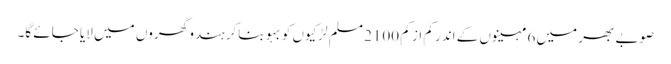
صوبے بھر میں 6 مہینوں کے اندر کم از کم 2100 مسلم لڑکیوں کو بہو بناکر ہندو گھروں میں لایا جائے گا۔